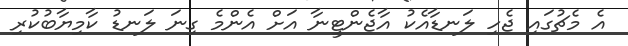
އެ މެޗުގައި ޖެހި ލަނޑާއެކު އާޖެންޓީނާ އަށް އެންމެ ގިނަ ލަނޑު ކާމިޔާބުކުރި